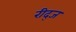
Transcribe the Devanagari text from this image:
रीद्ज